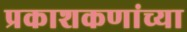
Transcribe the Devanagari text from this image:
प्रकाशकणांच्या